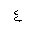
Letter: _ayn